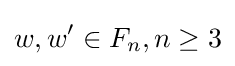
w,w'\in F_{n},n\geq 3